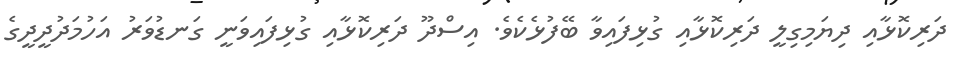
ދަރިކޮޅާއި ދިޔަމިގިލީ ދަރިކޮޅާއި ގުޅިފައިވާ ބޭފުޅެކެވެ. އިސްދޫ ދަރިކޮޅާއި ގުޅިފައިވަނީ ގަނޑުވަރު އަހުމަދުދީދީގެ